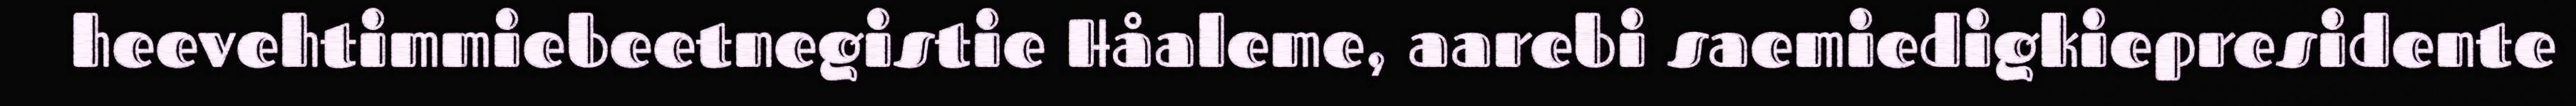
heevehtimmiebeetnegistie Håaleme, aarebi saemiedigkiepresidente